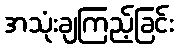
အသုံးချကြည့်ခြင်း